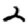
Digit: 2